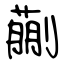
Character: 蒯